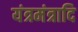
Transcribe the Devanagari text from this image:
यंत्रमंत्रादि